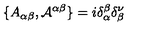
\{ A _ { \alpha \beta } , { \cal { A } } ^ { \alpha \beta } \} = i \delta _ { \alpha } ^ { \beta } \delta _ { \beta } ^ { \nu }